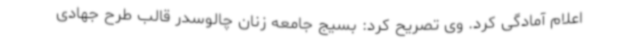
اعلام آمادگی کرد. وی تصریح کرد: بسیج جامعه زنان چالوسدر قالب طرح جهادی